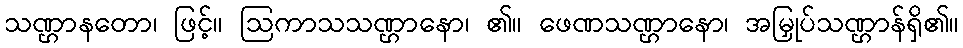
သဏ္ဌာနတော၊ ဖြင့်။ ဩကာသသဏ္ဌာနော၊ ၏။ ဖေဏသဏ္ဌာနော၊ အမြှုပ်သဏ္ဌာန်ရှိ၏။